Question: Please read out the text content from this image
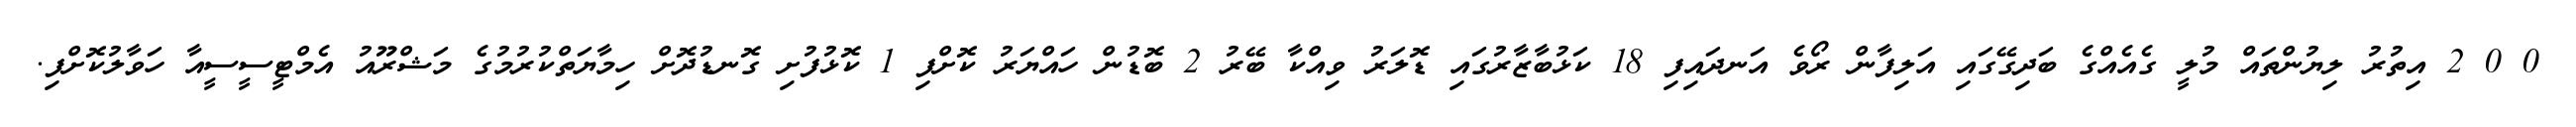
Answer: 0 0 2 އިތުރު ލިޔުންތައް މުލީ ގެއެއްގެ ބަދިގޭގައި އަލިފާން ރޯވެ އަނދައިފި 18 ކަޅުބާޒާރުގައި ޑޮލަރު ވިއްކާ ބޭރު 2 ބޮޑުން ހައްޔަރު ކޮށްފި 1 ކޮޅުފުށި ގޮނޑުދޮށް ހިމާޔަތްކުރުމުގެ މަޝްރޫއު އެމްޓީސީސީއާ ހަވާލުކޮށްފި.